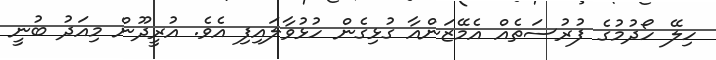
ހިލޭ ހޯދުމުގެ ފުރުސަތެއް އެމޭޒަންއާ ގުޅިގެން ހުޅުވާލައިފި އެވެ. އުރީދޫން މިއަދު ބުނީ